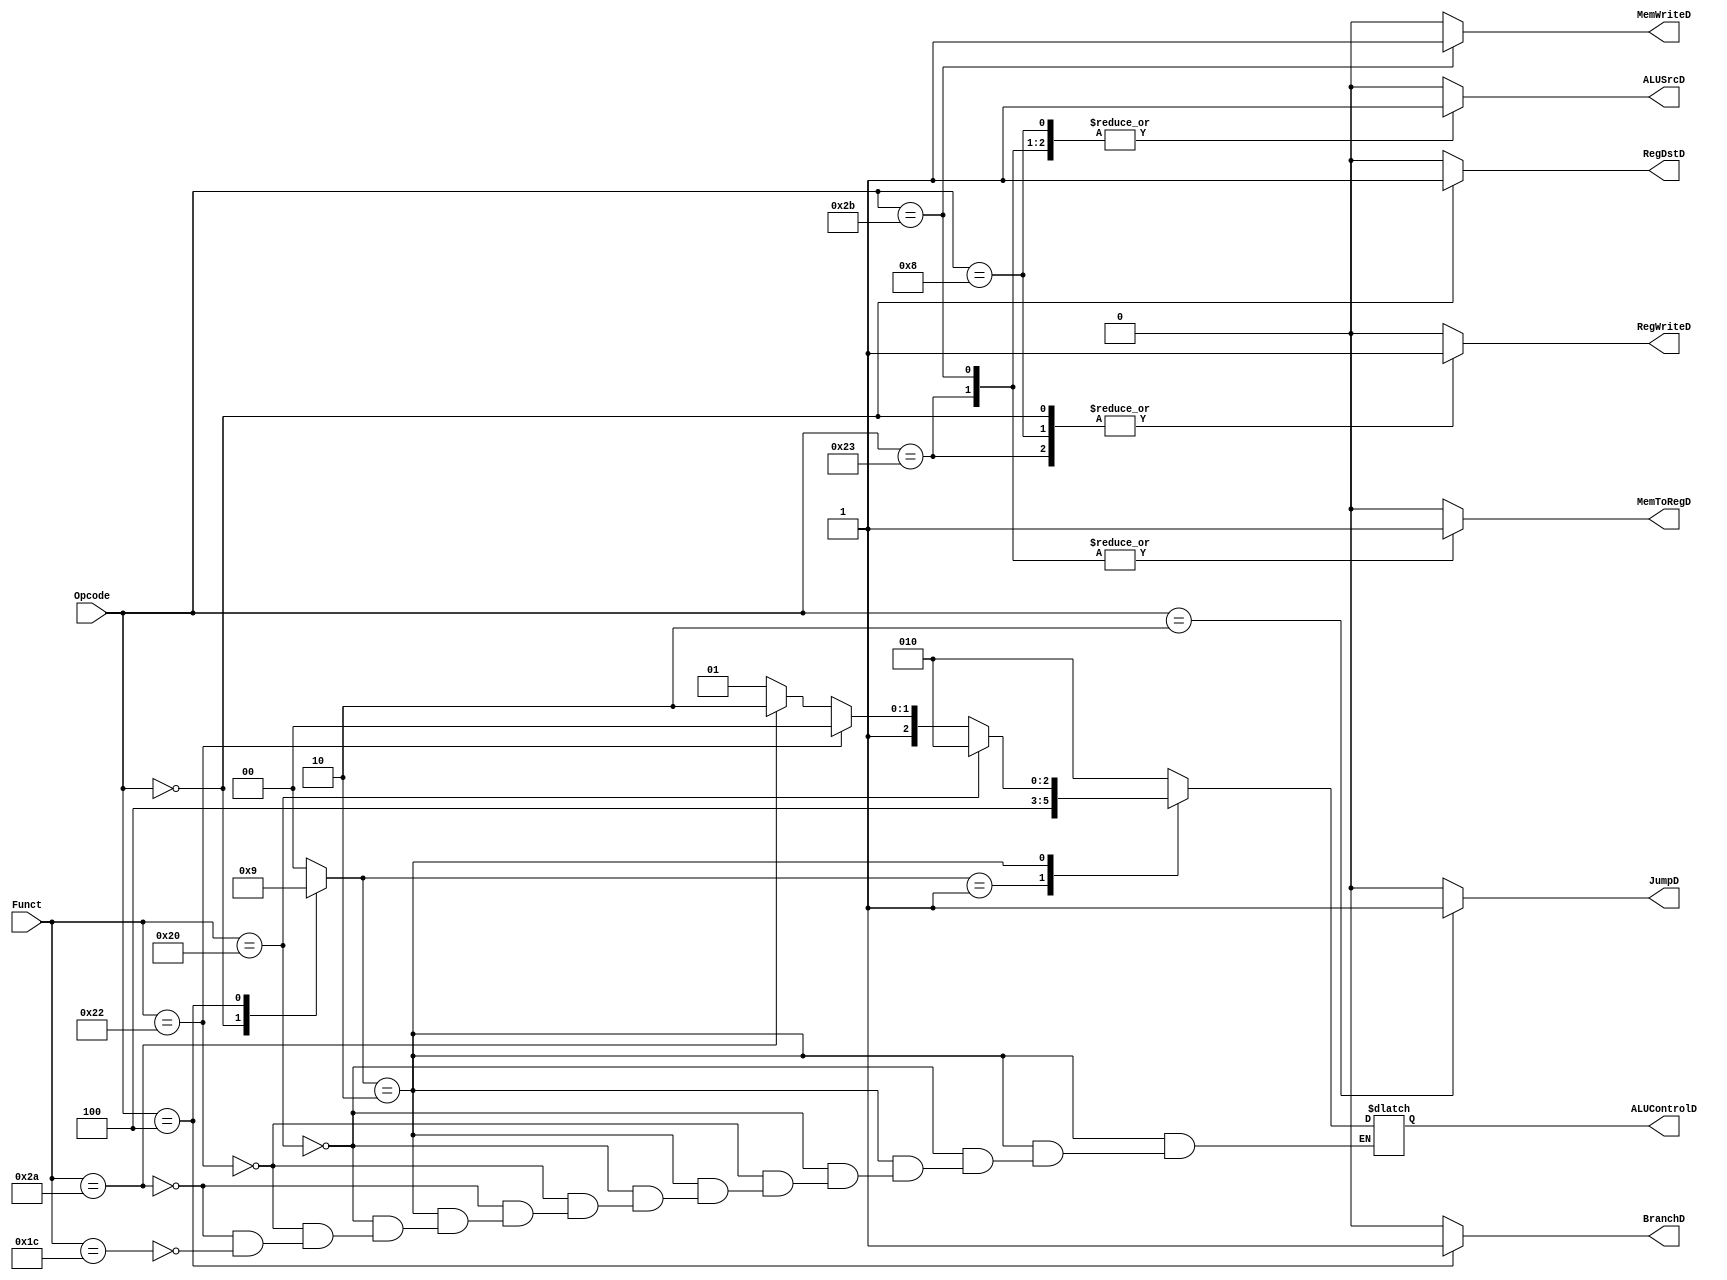
module ControlUnit(
	input      [5:0] Opcode,
	input      [5:0] Funct,
	output reg       RegWriteD,
	output reg       MemToRegD,
	output reg       MemWriteD,
	output reg [2:0] ALUControlD,
	output reg       ALUSrcD,
	output reg       RegDstD,
	output reg       JumpD,
	output reg       BranchD
);
localparam LoadWord  = 6'b100011,
           StoreWord = 6'b101011,
           RType     = 6'b000000,
           Addi      = 6'b001000,
           Beq       = 6'b000100,
           J         = 6'b000010;
/*------------------------Internal signals----------------------*/
 reg [1:0]  ALUOpD;
      
always @(*)
	begin
	    case (Opcode)
	    LoadWord: begin
	     RegWriteD = 1'b1;
         MemToRegD = 1'b1;
         MemWriteD = 1'b0;
         ALUSrcD   = 1'b1;
         RegDstD   = 1'b0;
         JumpD     = 1'b0;
         BranchD   = 1'b0;
         ALUOpD    = 2'b0; 
         end
        StoreWord: begin
         RegWriteD = 1'b0;
         MemToRegD = 1'b1;
         MemWriteD = 1'b1;
         ALUSrcD   = 1'b1;
         RegDstD   = 1'b0;
         JumpD     = 1'b0;
         BranchD   = 1'b0;
         ALUOpD    = 2'b0;
        end
         RType: begin
         RegWriteD = 1'b1;
         MemToRegD = 1'b0;
         MemWriteD = 1'b0;
         ALUSrcD   = 1'b0;
         RegDstD   = 1'b1;
         BranchD   = 1'b0;
         JumpD     = 1'b0;
         ALUOpD    = 2'b10;
         end
         Addi: begin
         RegWriteD = 1'b1;
         MemToRegD = 1'b0;
         MemWriteD = 1'b0;
         ALUSrcD   = 1'b1;
         RegDstD   = 1'b0;
         JumpD     = 1'b0;
         BranchD   = 1'b0;
         ALUOpD    = 2'b0;
         end
         Beq: begin
         RegWriteD = 1'b0;
         MemToRegD = 1'b0;
         MemWriteD = 1'b0;
         ALUSrcD   = 1'b0;
         RegDstD   = 1'b0;
         JumpD     = 1'b0;
         BranchD   = 1'b1;
         ALUOpD    = 2'b01;
        end
        J: begin
         RegWriteD = 1'b0;
         MemToRegD = 1'b0;
         MemWriteD = 1'b0;
         ALUSrcD   = 1'b0;
         RegDstD   = 1'b0;
         JumpD     = 1'b1;
         BranchD   = 1'b0;
         ALUOpD    = 2'b0;
         end
        default: begin
         RegWriteD = 1'b0;
         MemToRegD = 1'b0;
         MemWriteD = 1'b0;
         ALUSrcD   = 1'b0;
         RegDstD   = 1'b0;
         JumpD     = 1'b0;
         BranchD   = 1'b0;
         ALUOpD    = 2'b0;
        end
	    endcase       
	end
always @(*)
	begin : ALU_Control
	case (ALUOpD)
	    2'b00: ALUControlD = 3'b010;
	    2'b01: ALUControlD = 3'b100;
	    2'b10: begin
	        if (Funct == 6'b10_0000)      ALUControlD = 3'b010; //ADD
	        else if (Funct == 6'b10_0010) ALUControlD = 3'b100; //SUB
	        else if (Funct == 6'b10_1010) ALUControlD = 3'b110; //SLT
	        else if (Funct == 6'b01_1100) ALUControlD = 3'b101;  //MUL
	        end
	    default: ALUControlD = 3'b010;    
	endcase
	end
	
endmodule